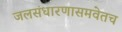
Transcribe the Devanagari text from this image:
जलसंधारणासमवेतच